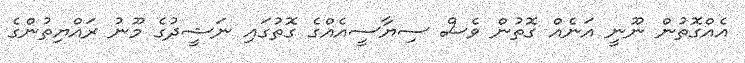
އެއްގޮތުން ނޫނީ އަނެއް ގޮތުން ވެސް ސިޔާސީއެއްގެ ގޮތުގައި ނަޝީދުގެ މޫނު ރައްޔިތުންގެ